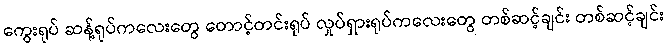
ကွေးရုပ် ဆန့်ရုပ်ကလေးတွေ တောင့်တင်းရုပ် လှုပ်ရှားရုပ်ကလေးတွေ တစ်ဆင့်ချင်း တစ်ဆင့်ချင်း